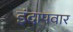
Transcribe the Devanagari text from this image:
इंदापवार